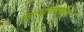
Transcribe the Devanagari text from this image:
सत्यापर्यंत